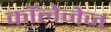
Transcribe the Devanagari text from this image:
कॉलेजेज